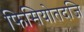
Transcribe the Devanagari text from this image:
फिसियोतदजि